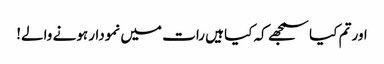
اور تم کیا سمجھے کہ کیا ہیں رات میں نمودار ہونے والے!